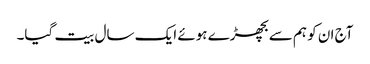
آج ان کو ہم سے بچھڑے ہوئے ایک سال بیت گیا۔